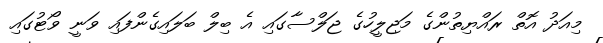
މިއަދު އޮތް ރައްޔިތުންގެ މަޖިލީހުގެ ޖަލްސާގައި އެ ބިލް ބަލައިގެންފައި ވަނީ ވޯޓުގައި